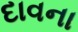
દાવના